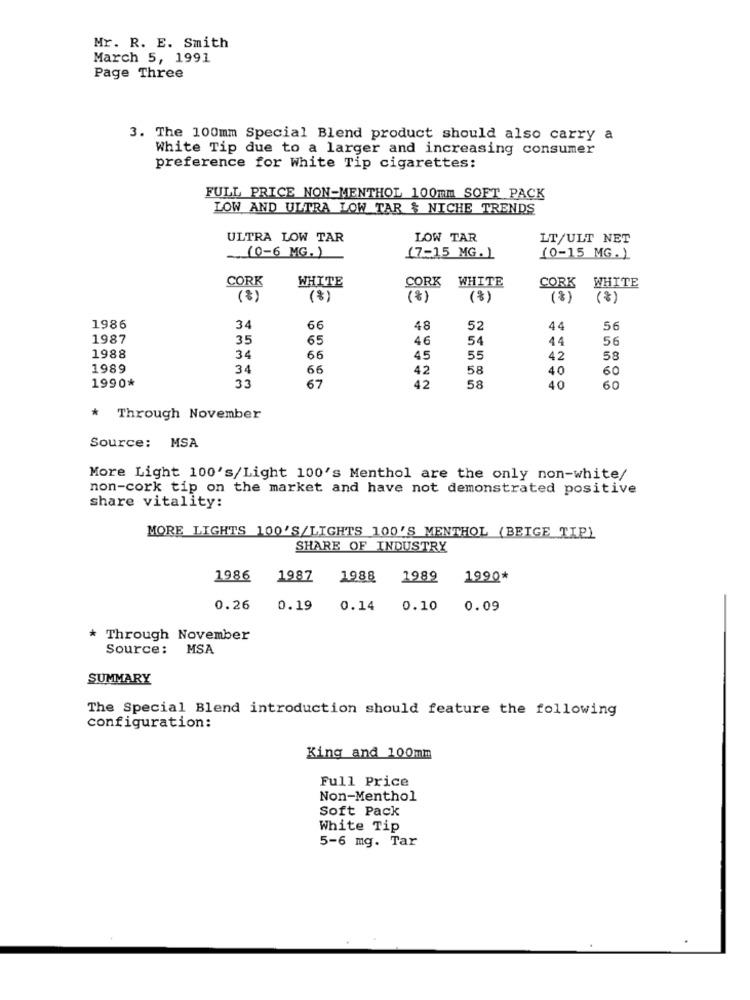
Mr. R. E. Smith
March 5, 1991
Page Three
3. The 100mm Special Blend product should also carry a
White Tip due to a larger and increasing consumer
preference for white Tip cigarettes:
FULL PRICE NON-MENTHOL 100mm SOFT PACK
LOW AND ULTRA LOW TAR & NICHE TRENDS
ULTRA LOW TAR
LOW TAR
LT/ULT NET
(0-6 MG. )
(7-15 MG. )
(0-15 MG. )
CORK
WHITE
WHITE
CORK
CORK WHITE
(8)
(%)
(%)
(%)
(%)
(8)
1986
34
66
48
52
44
56
1987
35
65
46
54
44
56
1988
34
66
45
55
42
58
1989
34
66
42
58
40
60
1990*
33
67
42
58
40
60
Through November
Source: MSA
More Light 100's/Light 100's Menthol are the only non-white/
non-cork tip on the market and have not demonstrated positive
share vitality:
MORE LIGHTS 100'S/LIGHTS 100'S MENTHOL (BEIGE TIP)
SHARE OF INDUSTRY
1986
1987
1988
1989
1990*
0.26
0.19
0.14
0.10
0.09
* Through November
Source: MSA
SUMMARY
The Special Blend introduction should feature the following
configuration:
King and 100mm
Full Price
Non-Menthol
Soft Pack
White Tip
5-6 mg. Tar